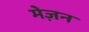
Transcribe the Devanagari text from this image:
मेज़न